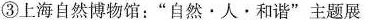
___